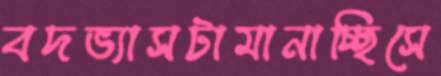
বদভ্যাসটামানাচ্ছিসে